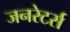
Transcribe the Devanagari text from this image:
जनरेटर्स